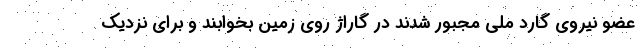
عضو نیروی گارد ملی مجبور شدند در گاراژ روی زمین بخوابند و برای نزدیک